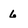
Character: 6